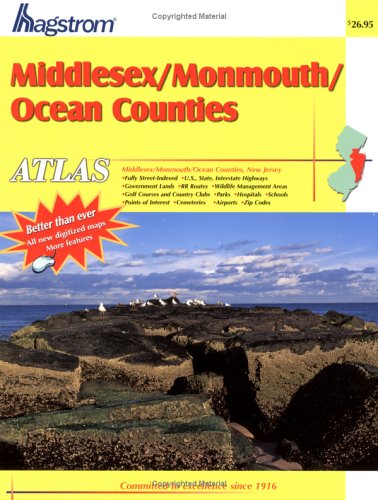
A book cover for Hagstrom Middlesex/Monmouth/Ocean Counties, NJ. Atlas (Middlesex County, Monmouth County, Ocean County, Nj Atlas); Travel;